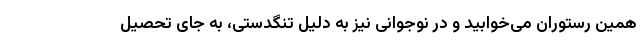
همین رستوران می‌خوابید و در نوجوانی نیز به دلیل تنگدستی، به جای تحصیل